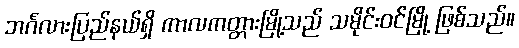
ဘင်္ဂလားပြည်နယ်ရှိ ကာလကတ္တားမြို့သည် သမိုင်းဝင်မြို့ ဖြစ်သည်။